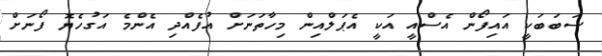
ސަބަބަކީ އައިފޯން އެސްއީ އަކީ އެޕަލްއިން މިހާތަނަށް އުފެއްދި އެންމެ އަގުހެޔޮ ފޯނަށް